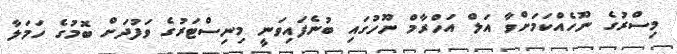
މިސްރުގެ ނޫހެއްކަމަށްވާ އަލް އަހްރާމް ނޫހުގައި ބުނެފައިވަނީ މިނިސްޓަރުގެ ވަފުދަށް ބޮމުގެ ހަމަލާ